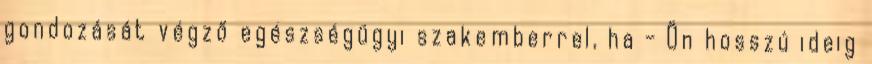
gondozását végző egészségügyi szakemberrel, ha - Ön hosszú ideig